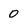
Character: 0